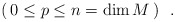
\begin{align*}(\, 0 \leq p \leq n= {\rm dim}\, M\, )\ \ .\end{align*}